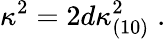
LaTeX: \kappa^{2}=2d\kappa_{(10)}^{2}\; .